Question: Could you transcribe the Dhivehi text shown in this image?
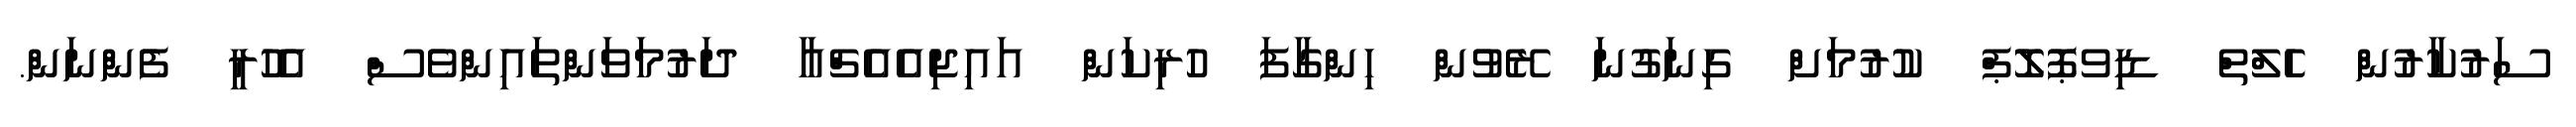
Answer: ސަރުކާރުން ހެލްތް ޑިވޕޮލޮޕް ކުރުމަށް ގިނަގުނަ ރޭވުން ހިންގާފަ ހުރިކަން އައިޖިއެއެޗްއާ ދަރުމަވަންތައިންވެސް އެހުރީ ފެންނަން.